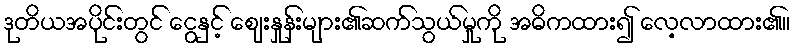
ဒုတိယအပိုင်းတွင် ငွေနှင့် ဈေးနှုန်းများ၏ဆက်သွယ်မှုကို အဓိကထား၍ လေ့လာထား၏။